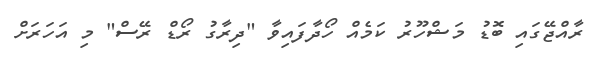
ރާއްޖޭގައި ބޮޑު މަޝްހޫރު ކަމެއް ހޯދާފައިވާ "ދިރާގު ރޯޑް ރޭސް" މި އަހަރަށް